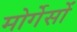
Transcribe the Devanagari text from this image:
मोर्गेसों